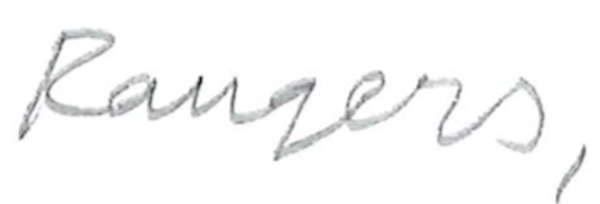
Text: Rangers,
Cross-out: clean
Writing tool: pencil